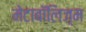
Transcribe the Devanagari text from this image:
मेटाबॉलिज़्म